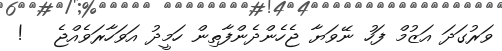
ވަރުގަދަ އަޒުމް ފަހު ނޭވަޔާ ޖެހެންދެންފާތިން ހަމީދު އަވަހާރަވެއްޖެ   !